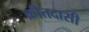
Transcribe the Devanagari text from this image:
क्रीतदासी